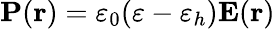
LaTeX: {\mathbf P}({\mathbf r})=\varepsilon_{0}(\varepsilon-\varepsilon_{h}){\mathbf E}({\mathbf r})